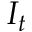
I _ { t }